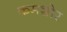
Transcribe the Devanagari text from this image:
कमशोर